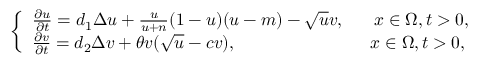
\left\{ \begin{array} { l l } { \frac { \partial u } { \partial t } = d _ { 1 } \Delta u + \frac { u } { u + n } ( 1 - u ) ( u - m ) - \sqrt { u } v , \ \ \ \ \ x \in \Omega , t \textgreater 0 , } \\ { \frac { \partial v } { \partial t } = d _ { 2 } \Delta v + \theta v ( \sqrt { u } - c v ) , \ \ \ \ \ \ \ \ \ \ \ \ \ \ \ \ \ \ \ \ \ \ \ x \in \Omega , t \textgreater 0 , } \end{array} \right.